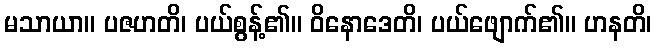
မသာယာ။ ပဇဟတိ၊ ပယ်စွန့်၏။ ဝိနောဒေတိ၊ ပယ်ဖျောက်၏။ ဟနတိ၊